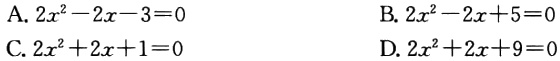
A. \(2x^{2}-2x - 3 = 0\)

B. \(2x^{2}-2x + 5 = 0\)

C. \(2x^{2}+2x + 1 = 0\)

D. \(2x^{2}+2x + 9 = 0\)